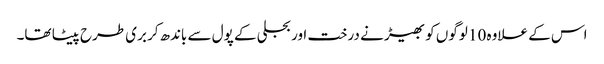
اس کے علاوہ 10 لوگوں کو بھیڑ نے درخت اور بجلی کے پول سے باندھ‌کر بری طرح پیٹا تھا۔